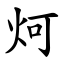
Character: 炣